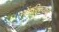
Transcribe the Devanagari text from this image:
नोंदविल्याचा